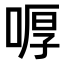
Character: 𠷋